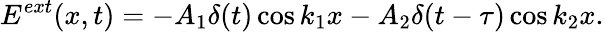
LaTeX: E^{ext}(x,t)=-A_{1}\delta(t)\cos k_{1}x-A_{2}\delta(t-\tau)\cos k_{2}x.